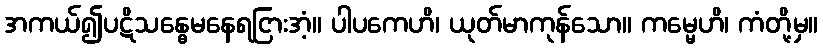
အကယ်၍ပဋိသန္ဓေမနေရငြားအံ့။ ပါပကေဟိ၊ ယုတ်မာကုန်သော။ ကမ္မေဟိ၊ ကံတို့မှ။